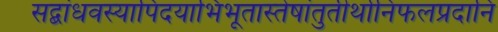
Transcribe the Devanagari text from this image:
सद्बांधवस्यापिदयाभिभूतास्तेषांतुतीर्थानिफलप्रदानि